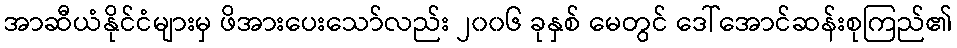
အာဆီယံနိုင်ငံများမှ ဖိအားပေးသော်လည်း ၂၀၀၆ ခုနှစ် မေတွင် ဒေါ်အောင်ဆန်းစုကြည်၏